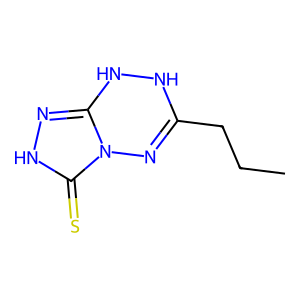
SMILES: CCCC1=Nn2c(n[nH]c2=S)NN1
Inhibits HIV replication: No